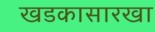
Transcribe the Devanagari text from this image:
खडकासारखा